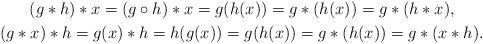
LaTeX: \begin{gather*}(g*h)*x = (g \circ h)*x = g(h(x)) = g*(h(x)) = g*(h*x) , \\(g*x)*h = g(x)*h = h(g(x)) = g(h(x)) = g*(h(x)) = g*(x*h) .\end{gather*}